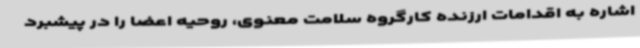
اشاره به اقدامات ارزنده کارگروه سلامت معنوی، روحیه اعضا را در پیشبرد